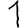
Digit: 1